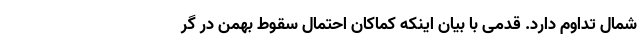
شمال تداوم دارد. قدمی با بیان اینکه کماکان احتمال سقوط بهمن در گر